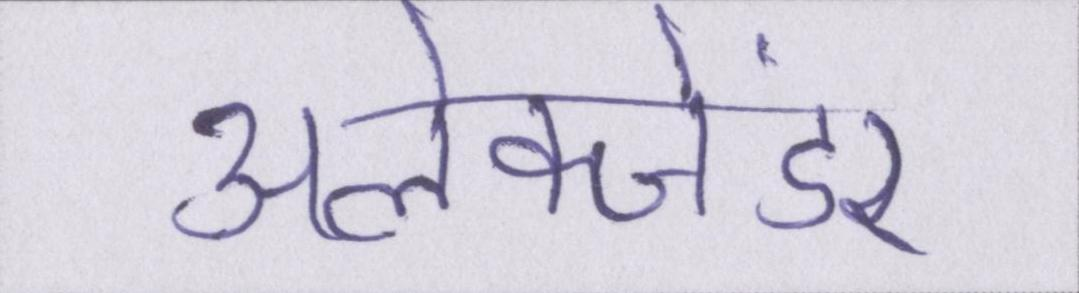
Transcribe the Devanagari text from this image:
अलेक्जेंडर